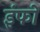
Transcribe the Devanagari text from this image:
इंफो